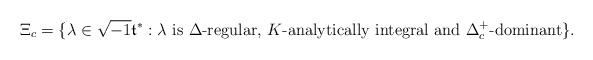
\begin{align*}\Xi_c=\{\lambda\in \sqrt{-1}\frak{t}^*: \lambda\textrm{ is }\Delta\textrm{-regular, }K\textrm{-analytically integral and }\Delta_c^+\textrm{-dominant}\}.\end{align*}